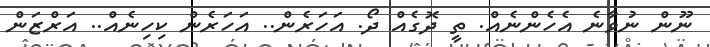
ނޫން ނުވާނެ އެހެންނެއް. ތީ ދޮގެއް ދޯ. އަހަރެން.. އަހަރެން ކިހިނެއް.. އަރްޒަން